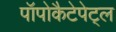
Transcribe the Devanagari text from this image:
पॉपोकैटेपेट्ल